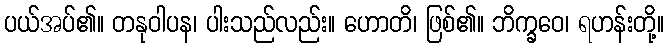
ပယ်အပ်၏။ တနုဝါပန၊ ပါးသည်လည်း။ ဟောတိ၊ ဖြစ်၏။ ဘိက္ခဝေ၊ ရဟန်းတို့။